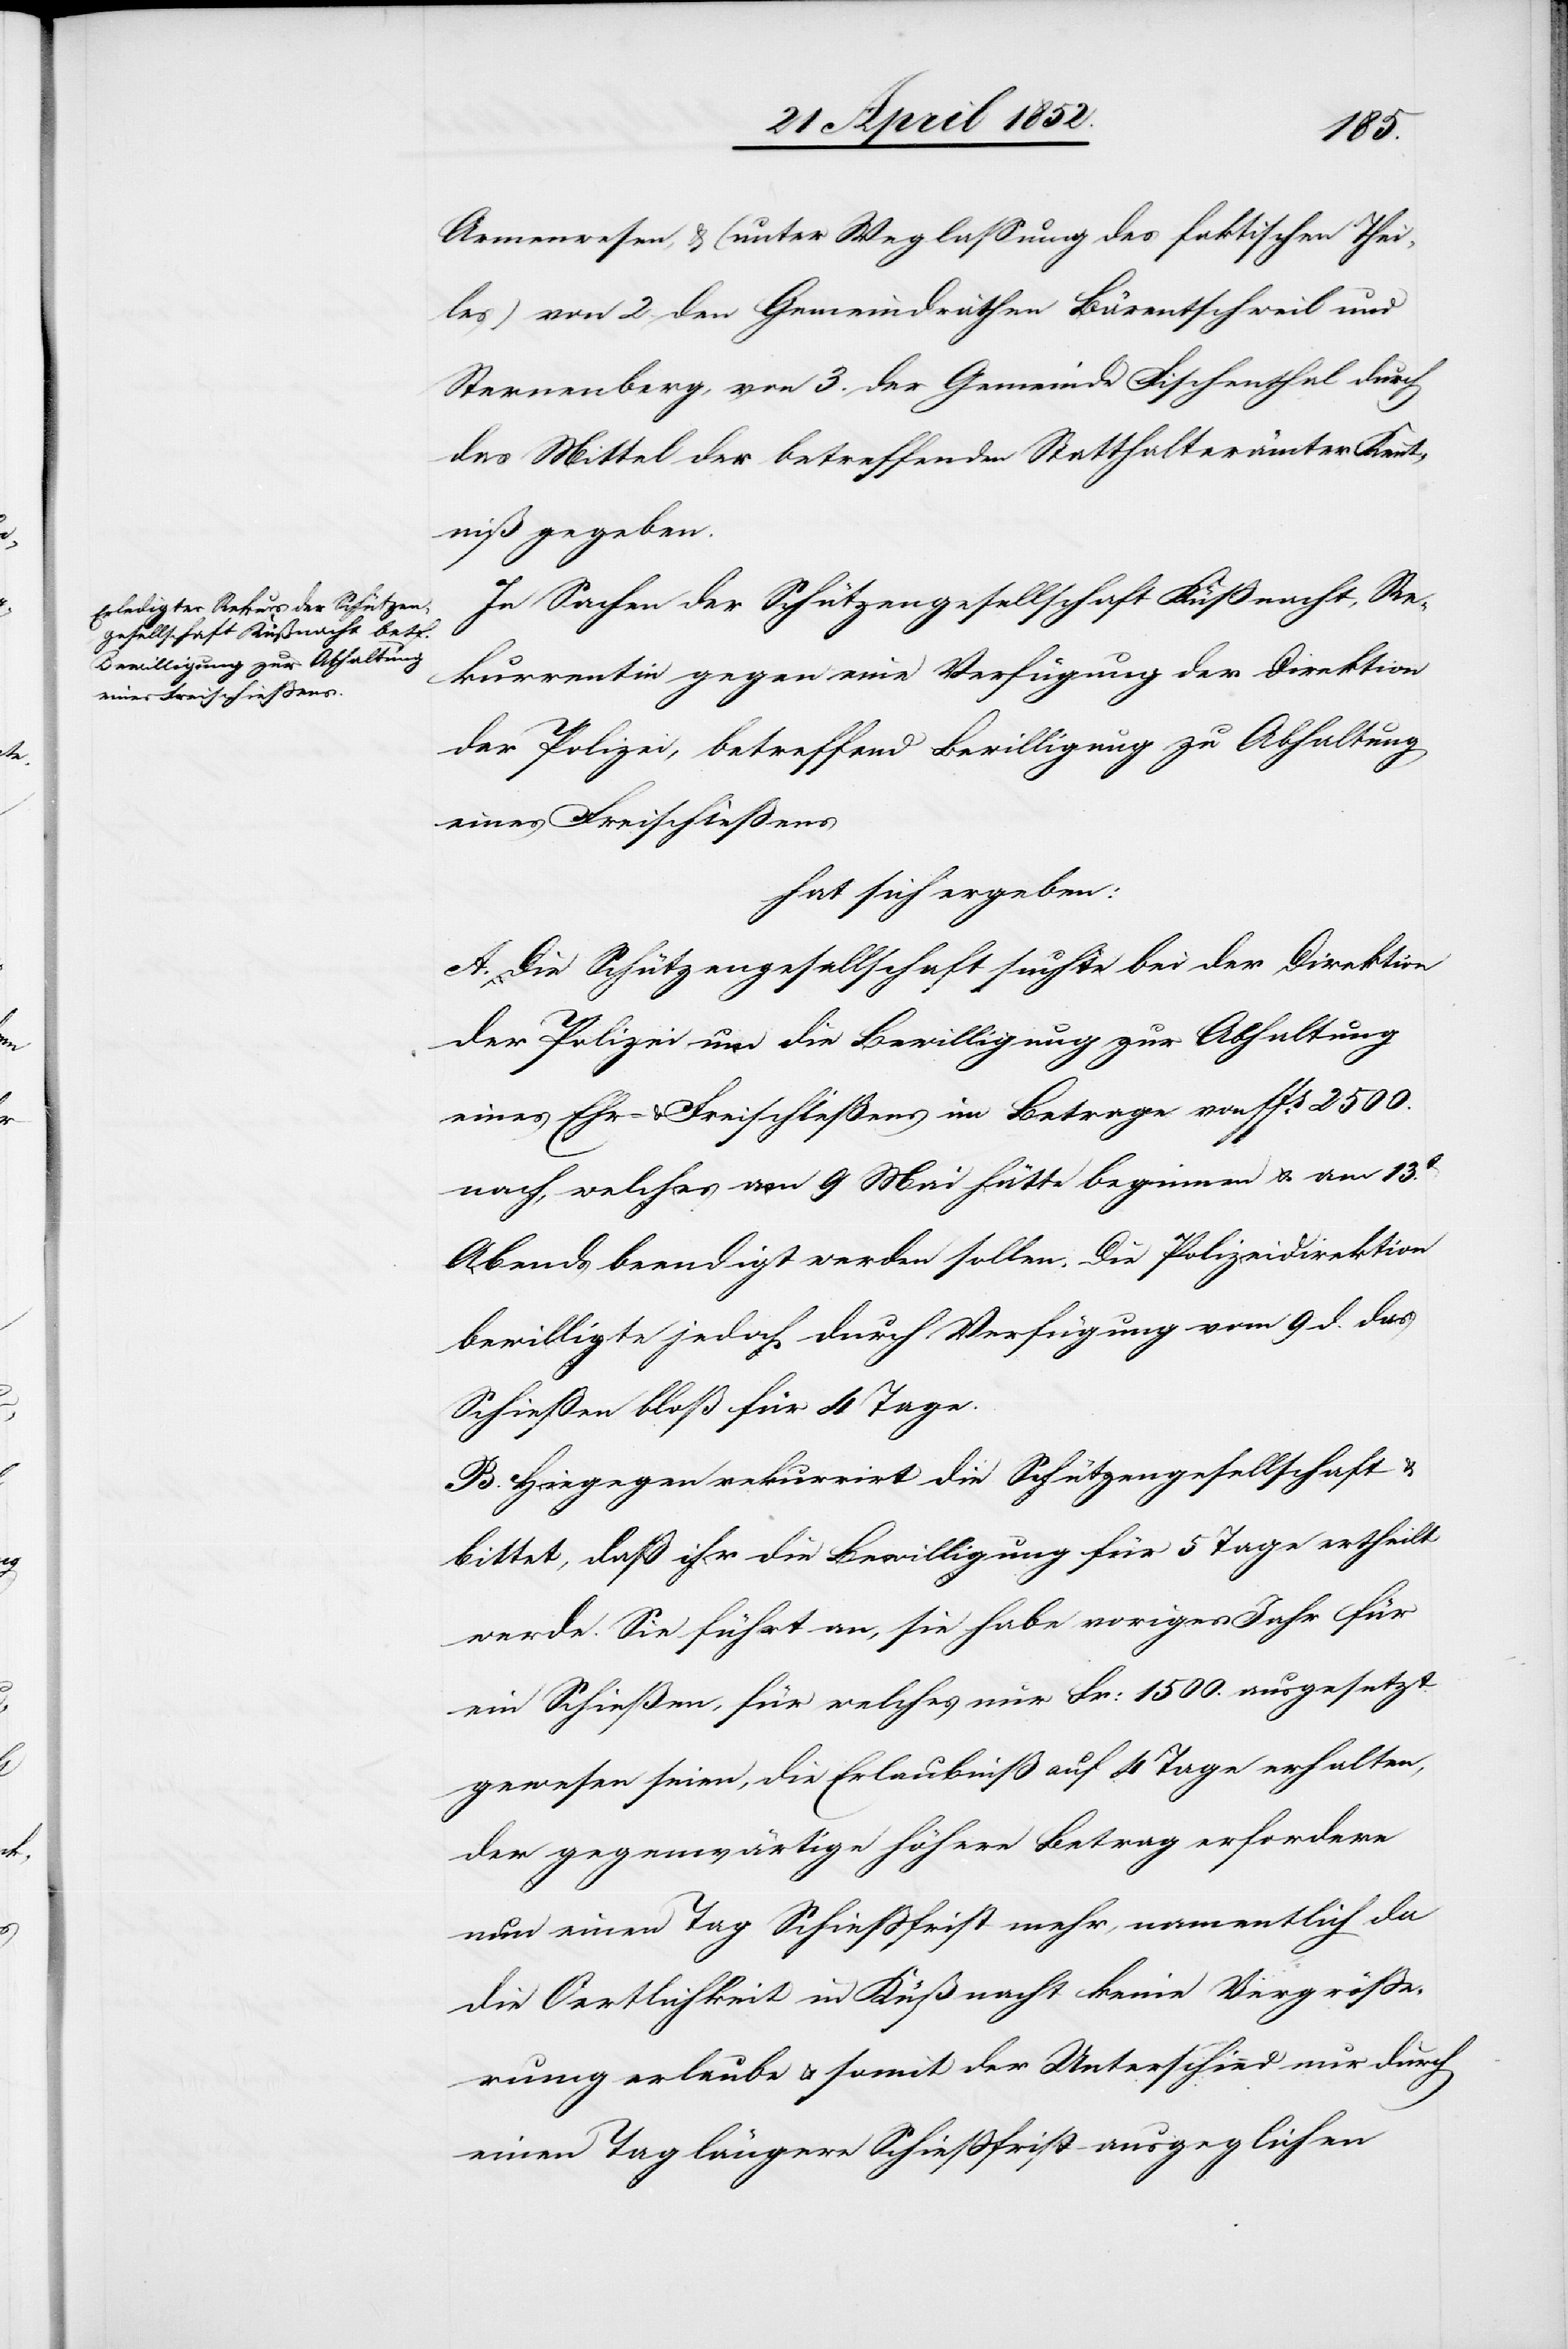
Armenwesen, & (unter Weglassung des faktischen Thei¬
les) von 2. den Gemeindräthen Bärentschweil und
Sternenberg, von 3. der Gemeinde Fischenthal durch
das Mittel der betreffenden Statthalterämter Kennt¬
niß gegeben.
In Sachen der Schützengesellschaft Küssnacht, Re¬
kurrentin gegen eine Verfügung der Direktion
der Polizei, betreffend Bewilligung zu Abhaltung
eines Freischiessens
hat sich ergeben:
A. Die Schützengesellschaft suchte bei der Direktion
der Polizei um die Bewilligung zur Abhaltung
eines Ehr- & Freischießens im Betrage von ffs. 2500.
nach, welches am 9 Mai hätte beginnen & am 13.t
Abends beendigt werden sollen. Die Polizeidirektion
bewilligte jedoch durch Verfügung vom 9 d. das
Schiessen bloß für 4 Tage.
B. Hiegegen rekurrirt die Schützengesellschaft
bittet, daß ihr die Bewilligung für 5 Tage ertheilt
werde. Sie führt an, sie habe voriges Jahr für
ein Schießen, für welches nur Fr: 1500. ausgesetzt
gewesen seien, die Erlaubniß auf 4 Tage erhalten,
der gegenwärtige höhere Betrag erfordere
nun einen Tag Schiessfrist mehr, namentlich da
die Oertlichkeit in Küßnacht keine Vergrösse¬
rung erlaube & somit der Unterschied nur durch
einen Tag längere Schiessfrist ausgeglichen